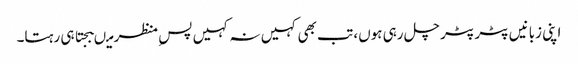
اپنی زبانیں پٹر پٹر چل رہی ہوں، تب بھی کہیں نہ کہیں پسِ منظر میںبجتا ہی رہتا۔